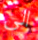
الى